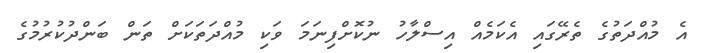
އެ މުއްދަތުގެ ތެރޭގައި އެކަމެއް އިސްލާހު ނުކޮށްފިނަމަ ވަކި މުއްދަތަކަށް ތަން ބަންދުކުރުމުގެ